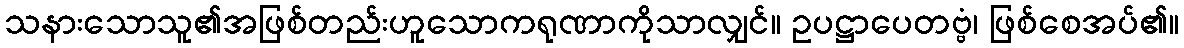
သနားသောသူ၏အဖြစ်တည်းဟူသောကရုဏာကိုသာလျှင်။ ဥပဋ္ဌာပေတဗ္ဗံ၊ ဖြစ်စေအပ်၏။